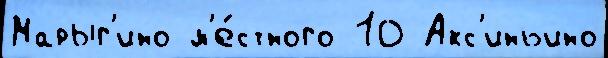
Марыг'ино м'е́стного 10 Акс'иньино